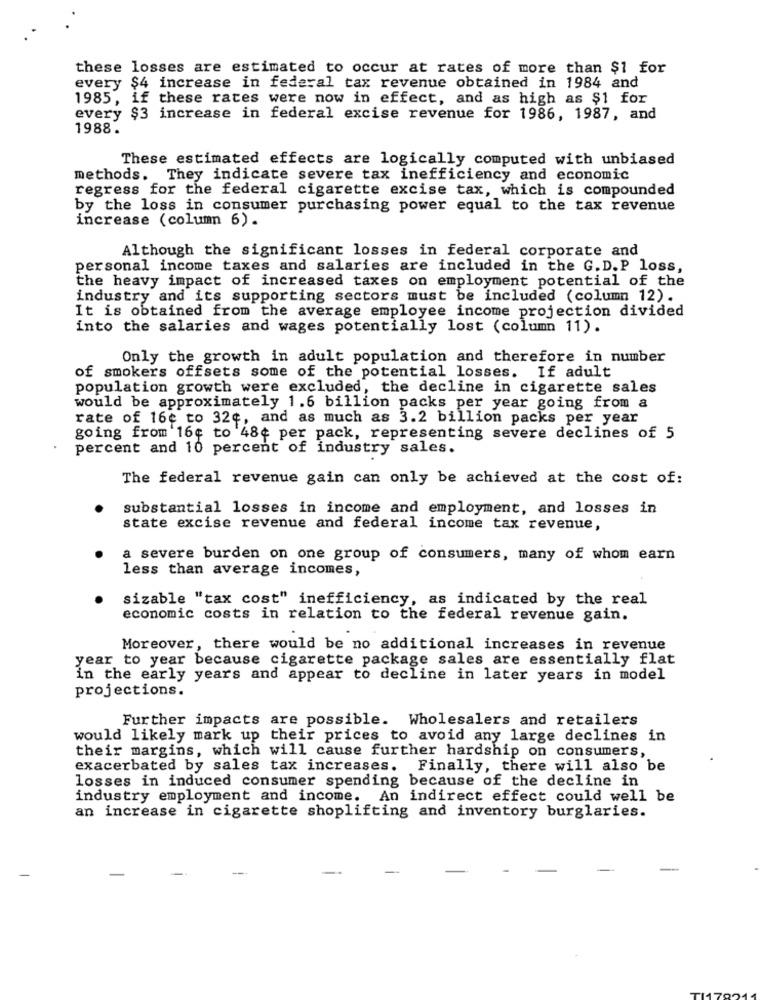
these losses are estimated to occur at rates of more than $1 for
every $4 increase in federal tax revenue obtained in 1984 and
1985, if these rates were now in effect, and as high as $1 for
every $3 increase in federal excise revenue for 1986, 1987, and
1988.
These estimated effects are logically computed with unbiased
methods. They indicate severe tax inefficiency and economic
regress for the federal cigarette excise tax, which is compounded
by the loss in consumer purchasing power equal to the tax revenue
increase (column 6) .
Although the significant losses in federal corporate and
personal income taxes and salaries are included in the G. D.P loss,
the heavy impact of increased taxes on employment potential of the
industry and its supporting sectors must be included (column 12).
It is obtained from the average employee income projection divided
into the salaries and wages potentially lost (column 11).
Only the growth in adult population and therefore in number
of smokers offsets some of the potential losses. If adult
population growth were excluded, the decline in cigarette sales
would be approximately 1.6 billion packs per year going from a
rate of 16e to 32¢, and as much as 3.2 billion packs per year
going from 16¢ to 48¢ per pack, representing severe declines of 5
percent and 10 percent of industry sales.
The federal revenue gain can only be achieved at the cost of:
substantial losses in income and employment, and losses in
state excise revenue and federal income tax revenue,
a severe burden on one group of consumers, many of whom earn
less than average incomes,
sizable "tax cost" inefficiency, as indicated by the real
economic costs in relation to the federal revenue gain.
Moreover, there would be no additional increases in revenue
year to year because cigarette package sales are essentially flat
in the early years and appear to decline in later years in model
projections.
Further impacts are possible. Wholesalers and retailers
would likely mark up their prices to avoid any large declines in
their margins, which will cause further hardship on consumers,
exacerbated by sales tax increases. Finally, there will also be
losses in induced consumer spending because of the decline in
industry employment and income. An indirect effect could well be
an increase in cigarette shoplifting and inventory burglaries.